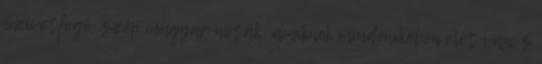
Szívetfogó, szép magyar nóták, amiknek mindenikében élet van, s